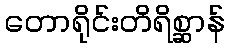
တောရိုင်းတိရိစ္ဆာန်